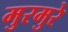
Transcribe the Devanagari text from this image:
मुरमुरे